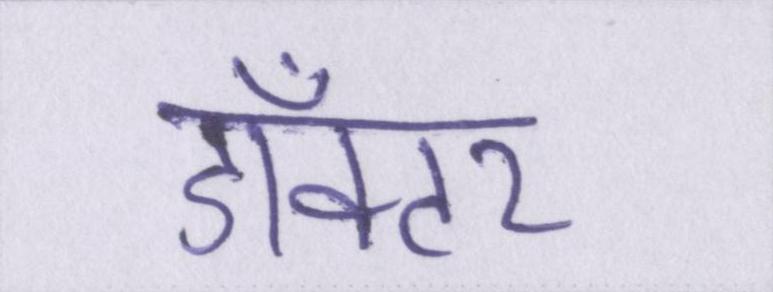
डॉक्टर